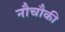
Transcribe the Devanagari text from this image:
नौचौकी